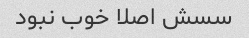
سسش اصلا خوب نبود